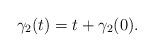
LaTeX: \begin{align*}\gamma_2(t)=t+\gamma_2(0).\end{align*}